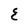
Character: 8